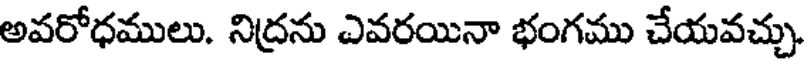
అవరోధములు. నిద్రను ఎవరయినా భంగము చేయవచ్చు.